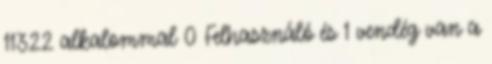
11322 alkalommal 0 Felhasználó és 1 vendég van a